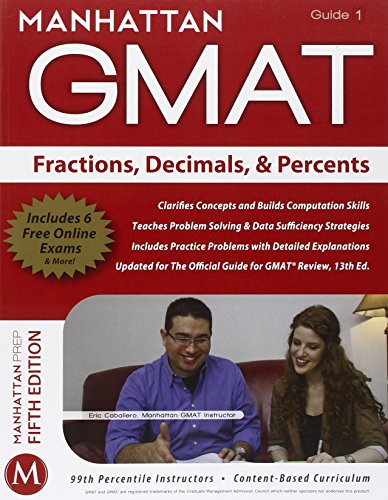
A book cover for Fractions, Decimals, & Percents GMAT Strategy Guide (Manhattan GMAT Instructional Guide 1); Manhattan GMAT; Test Preparation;